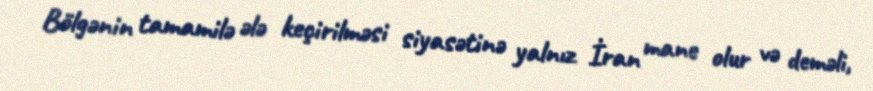
Bölgənin tamamilə ələ keçirilməsi siyasətinə yalnız İran mane olur və deməli,